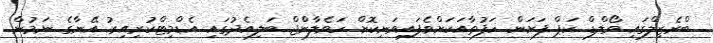
ބްރެޒިލްގައި ވޯލްޑް ކަޕް ފަށަން ހަފުތާއަކަށްވެފައިވަނިކޮށް ހަވެލާންްޖް ބަލިއެދުގައި އެޑްމިޓްކުރިއިރު އޭނާގެ ނަމުން